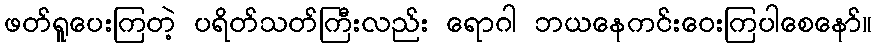
ဖတ်ရူပေးကြတဲ့ ပရိတ်သတ်ကြီးလည်း ရောဂါ ဘယနေကင်းဝေးကြပါစေနော်။